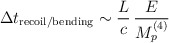
\begin{align*}\Delta t_{\mathrm{recoil/bending}} \sim \frac{L}{c} \,\frac{E}{M_p^{(4)}}\end{align*}